Indian Medical Review
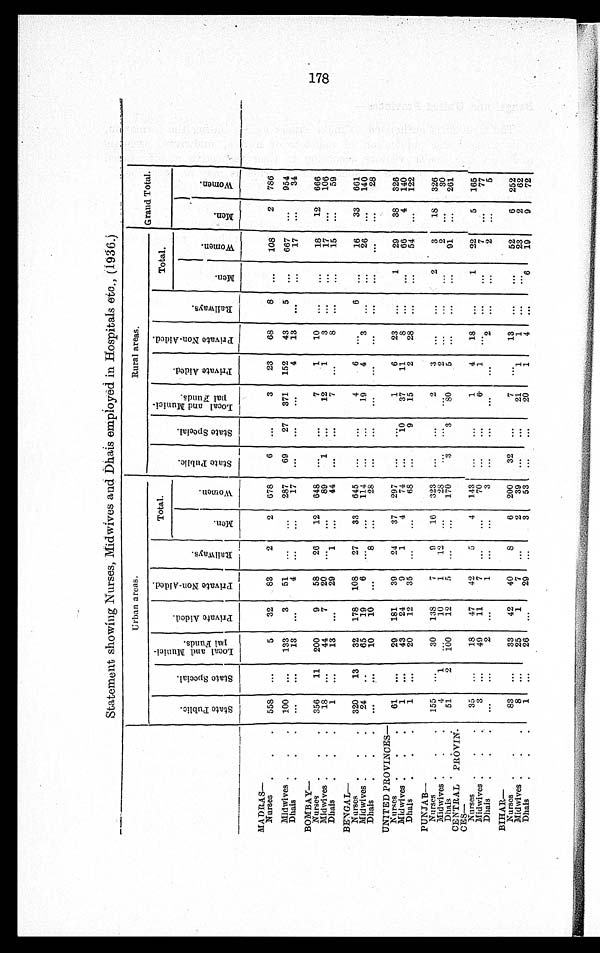
Statement showing Nurses, Midwives and Dhais employed in Hospitals etc., (1936.)
Urban areas.
Rural areas.
Grand Total.
S t a t e P u b l i c .
S t a t e S p e c i a l .
L o c a l a n d M u n i c i - p a l F u n d s .
P r i v a t e A i d e d .
P r i v a t e N o n - A i d e d .
R a i l w a y s .
Total.
S t a t e P u b l i c .
S t a t e S p e c i a l .
L o c a l a n d M u n i c i - p a l F u n d s .
P r i v a t e A i d e d .
P r i v a t e N o n - A i d e d .
R a i l w a y s .
Total.
M e n .
W o m e n .
Me n .
W o m e n .
M e n
Wo me n .
MADRAS—
558
100
...
...
...
...
5
133
13
32
3
...
83
5 4
2
...
...
2
...
...
678
287
17
6
69 . . .
...
27 . . .
3
371 . . .
23
152
4
68
43
13
8
5
...
. . .
...
...
108
667
17
2
...
. . . .
786
954 3 4
Nurses
Midwives Dhais
BOMBAY—
356
18
1
11 . . .
. . .
200
44
13
9
7
...
58
20
29
26
... 1
12
...
...
648
894 4
... 1 . . .
. . .
. . .
. . .
7
12 7
1
1. . .
10
3 8
... . . .
. . . ... . . .
. . .
18
17
15
12
...
...
666
106
59
Nurses
Midwives
Dhais
BENGAL—
320
24
...
13
...
...
32
65 1 0
178
19
10
108
6
...
27
... 8
33
...
...
645
1142 8
... . . .
. . . ... . . .
. . .
4
19
...
6
4
...
. . .
3
...
6
...
...
...
...
...
16
26
...
33
...
...
661
140
28
Nurses
Midwives Dhais
UNITED PROVINCES— 61
1 1
...
... . . .
29
43
20
181
24
12
39
9
35
24
1
...
:37
4
...
297
74 6 8
...
...
...
. . . 1 0
9
1
37
15
6
11
2
23
8
28
...
... . . .
1
... . . .
29
66
54
38
4
...
326
140
122
N urses
Mid wives
Dhais
P U N J A B —
155 4
4
51
... 1
2
30
...
100
138
10
12
7
1
5
9
12
...
1 6
...
...
3 2 3
2 8
170
...
... 3
...
... 3
2
... 8 0
3
2
5
. . .
. . .
. . .
. . .
. . .
. . .
2 . . .
. . .
3
2
91
18
...
...
326
30
261
Nurses
Midwives
Dhais C E N T R A L P R O V I N -
C E N —
35
3
...
...
... . . .
18
49
2
47
11
...
42
7
1
5 . . .
. . .
4 . . .
. . . 113 70
3
... . . .
. . . ... . . .
. . .
1 6 . . .
4
1. . .
18
... 2
...
... . . .
1
... . . .
22
7
2
5
...
...
165
77 5
Nurses
Midwives Dhais
BIHAR—
83
8
1
...
. . .
...
33
25
26
42
1
...
40
7
29
8
. . .
...
6
2
3
200
39
53
32
...
...
...
...
...
7
21
20
. . .
1
1
1 3
1
4
...
... . . .
... . . . 6
52
23
19
6
2
9
252
62
72
Nurses
Midwives
Dhais
178